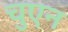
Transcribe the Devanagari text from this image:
चुएन